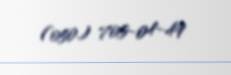
(050) 705-04-49